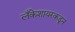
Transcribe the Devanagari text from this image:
लँकेशायरकडून